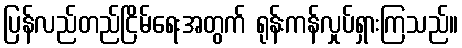
ပြန်လည်တည်ငြိမ်ရေးအတွက် ရုန်းကန်လှုပ်ရှားကြသည်။